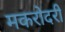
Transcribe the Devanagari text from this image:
मकरोदरी